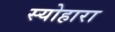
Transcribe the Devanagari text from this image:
स्योहारा